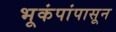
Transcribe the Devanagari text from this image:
भूकंपांपासून